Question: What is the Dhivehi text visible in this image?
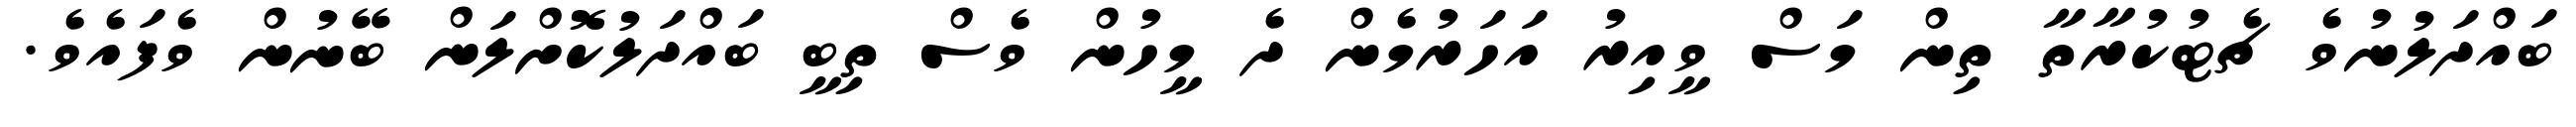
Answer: ބައްދަލުނުވެ ޗެޓުކުރާތާ ތިން މަސް ވީއިރު އަހަރުމެން ދެ މީހުން ވެސް ތިބީ ބައްދަލުކޮށްލަން ބޭނުން ވެފައެވެ.